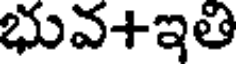
భువ+ఇతి